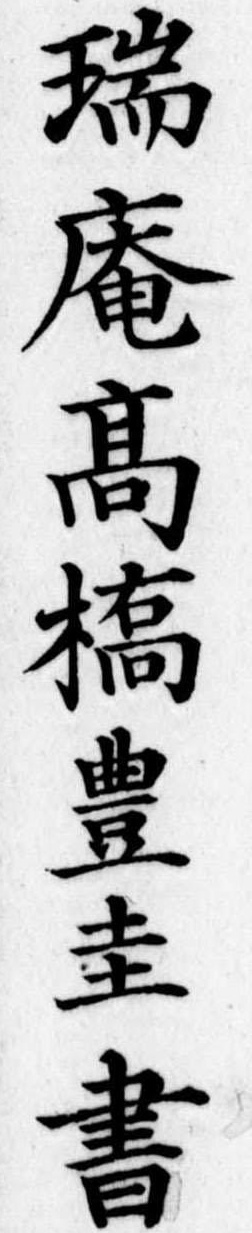
瑞庵高橋豊圭書